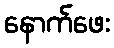
နောက်ဖေး